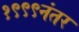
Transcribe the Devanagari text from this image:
१९९९नंतर